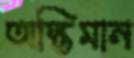
অস্তিমান